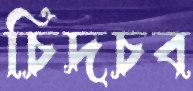
চিদচব